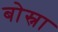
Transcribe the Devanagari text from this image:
बोस्ना